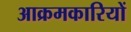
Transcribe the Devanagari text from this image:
आक्रमकारियों